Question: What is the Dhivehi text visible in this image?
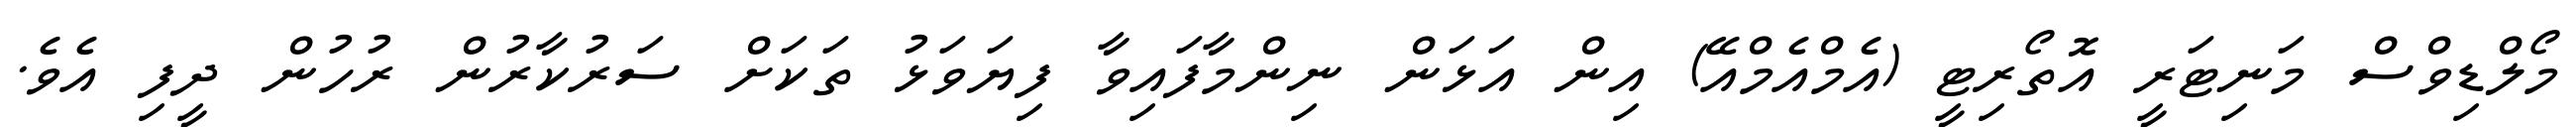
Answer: މޯލްޑިވްސް މަނިޓަރީ އޮތޯރިޓީ (އެމްއެމްއޭ) އިން އަޅަން ނިންމާފައިވާ ފިޔަވަޅު ތަކަށް ސަރުކާރުން ރުހުން ދީފި އެވެ.